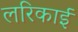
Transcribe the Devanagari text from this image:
लरिकाई